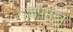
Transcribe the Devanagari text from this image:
जपमन्त्र